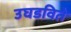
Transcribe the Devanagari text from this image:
उघडविते